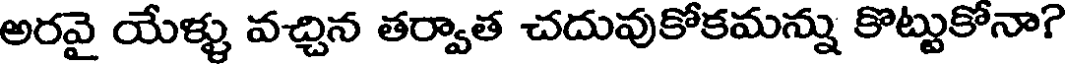
అరవై యేళ్ళ వచ్చిన తర్వాత చదువుకోకమన్ను కొట్టుకోనా?